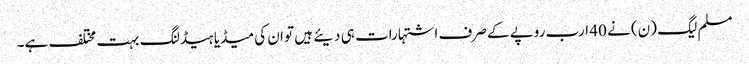
مسلم لیگ (ن) نے 40 ارب روپے کے صرف اشتہارات ہی دیئے ہیں تو ان کی میڈیا ہیڈلنگ بہت مختلف ہے۔